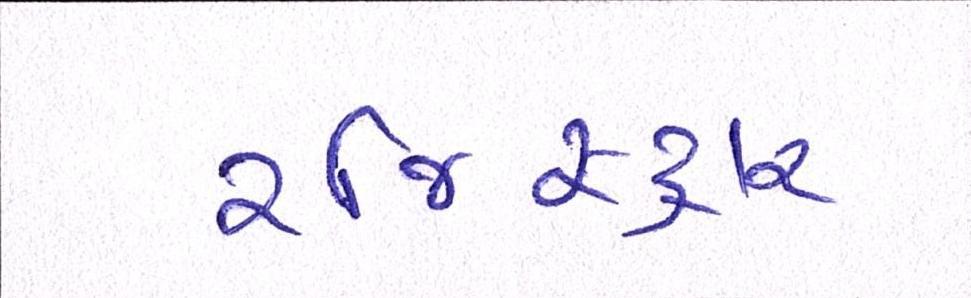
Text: રજિસ્ટ્રાર